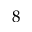
8